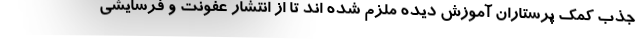
جذب کمک پرستاران آموزش دیده ملزم شده اند تا از انتشار عفونت و فرسایشی